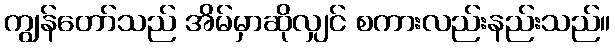
ကျွန်တော်သည် အိမ်မှာဆိုလျှင် စကားလည်းနည်းသည်။